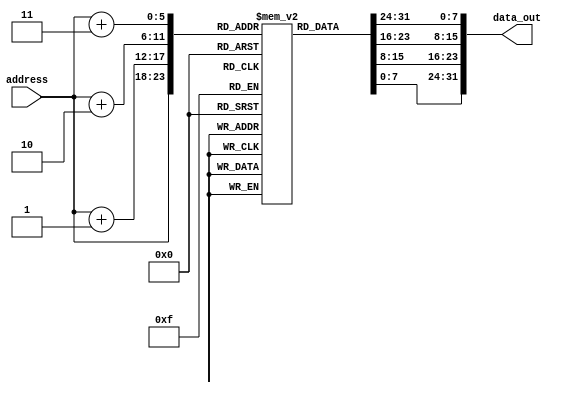
module fibonacciICache(address,data_out);
	parameter WIDTH = 32;
	parameter SIZE = 60;
	parameter WIDTH_ADD = 6;
	parameter BYTE = 8;
	
	input [WIDTH_ADD-1:0] address;
	
	output [WIDTH-1:0] data_out;
	
	reg [BYTE-1:0] mem [SIZE-1:0];
	
	assign	data_out = {{mem[address+3]},{mem[address+2]},{mem[address+1]},{mem[address]}};
	
	initial 
	begin
		mem[3][BYTE-1:0] = 8'b11100000;
mem[2][BYTE-1:0] = 8'b00100001;
mem[1][BYTE-1:0] = 8'b00000000;
mem[0][BYTE-1:0] = 8'b00000001;
mem[7][BYTE-1:0] = 8'b11101000;
mem[6][BYTE-1:0] = 8'b00000001;
mem[5][BYTE-1:0] = 8'b00000000;
mem[4][BYTE-1:0] = 8'b00000000;
mem[11][BYTE-1:0] = 8'b11100000;
mem[10][BYTE-1:0] = 8'b01000010;
mem[9][BYTE-1:0] = 8'b00000000;
mem[8][BYTE-1:0] = 8'b00000001;
mem[15][BYTE-1:0] = 8'b11101000;
mem[14][BYTE-1:0] = 8'b00000001;
mem[13][BYTE-1:0] = 8'b00000000;
mem[12][BYTE-1:0] = 8'b00000100;
mem[19][BYTE-1:0] = 8'b11100000;
mem[18][BYTE-1:0] = 8'b10000100;
mem[17][BYTE-1:0] = 8'b00000000;
mem[16][BYTE-1:0] = 8'b00000010;
mem[23][BYTE-1:0] = 8'b11100000;
mem[22][BYTE-1:0] = 8'b10100101;
mem[21][BYTE-1:0] = 8'b00000000;
mem[20][BYTE-1:0] = 8'b00000110;
mem[27][BYTE-1:0] = 8'b11001100;
mem[26][BYTE-1:0] = 8'b10100100;
mem[25][BYTE-1:0] = 8'b00000000;
mem[24][BYTE-1:0] = 8'b00000111;
mem[31][BYTE-1:0] = 8'b11100000;
mem[30][BYTE-1:0] = 8'b00100011;
mem[29][BYTE-1:0] = 8'b00000000;
mem[28][BYTE-1:0] = 8'b00000000;
mem[35][BYTE-1:0] = 8'b11100000;
mem[34][BYTE-1:0] = 8'b01000001;
mem[33][BYTE-1:0] = 8'b00000000;
mem[32][BYTE-1:0] = 8'b00000000;
mem[39][BYTE-1:0] = 8'b00000000;
mem[38][BYTE-1:0] = 8'b00100011;
mem[37][BYTE-1:0] = 8'b00010000;
mem[36][BYTE-1:0] = 8'b00000000;
mem[43][BYTE-1:0] = 8'b00000000;
mem[42][BYTE-1:0] = 8'b10000000;
mem[41][BYTE-1:0] = 8'b00000000;
mem[40][BYTE-1:0] = 8'b10001100;
mem[47][BYTE-1:0] = 8'b11101000;
mem[46][BYTE-1:0] = 8'b00000010;
mem[45][BYTE-1:0] = 8'b00000000;
mem[44][BYTE-1:0] = 8'b00000000;
mem[51][BYTE-1:0] = 8'b11100000;
mem[50][BYTE-1:0] = 8'b10000100;
mem[49][BYTE-1:0] = 8'b00000000;
mem[48][BYTE-1:0] = 8'b00000001;
mem[55][BYTE-1:0] = 8'b10000000;
mem[54][BYTE-1:0] = 8'b00000000;
mem[53][BYTE-1:0] = 8'b00000000;
mem[52][BYTE-1:0] = 8'b00000110;
mem[59][BYTE-1:0] = 8'b11111111;
mem[58][BYTE-1:0] = 8'b11111111;
mem[57][BYTE-1:0] = 8'b11111111;
mem[56][BYTE-1:0] = 8'b11111111;

	end
endmodule